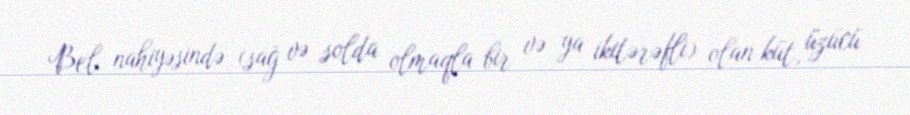
Bel nahiyəsində (sağ və solda olmaqla bir və ya ikitərəfli) olan küt, üzücü